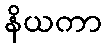
နိယကာ